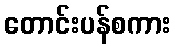
တောင်းပန်စကား